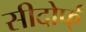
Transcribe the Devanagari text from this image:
सीदोर्फ्